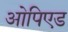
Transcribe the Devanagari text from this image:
ओपिएड